Document type: Sale
Year: 1354
Scribe: Bernat de Torre
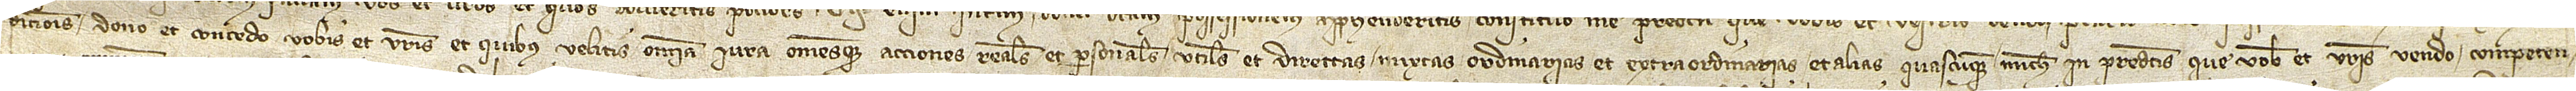
dicionis dono et concedo vobis et vestris et quibus velitis omnia iura omnesque acciones reales et personales, utiles et directas, mixtas, ordinarias et extraordinarias et alias quascumque michi in predictis que vobis et vestris vendo competen-